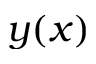
y ( x )